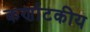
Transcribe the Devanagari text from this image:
कर्णाटकीय